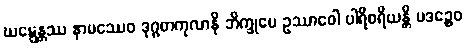
ဃဋ္ဋေန္တဿ နာမဿေဝ ဒုဂ္ဂတကုလာနိ ဘိက္ခုပေ ဥဿာဝေါ ပါရိစရိယန္တိ ပဒဉ္စေဝ